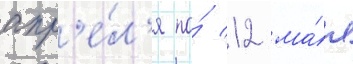
апр'е́л'я по́ 12 ма́я